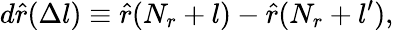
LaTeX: d\hat{r}(\Delta l)\equiv\hat{r}(N_{r}+l)-\hat{r}(N_{r}+l^{\prime}),